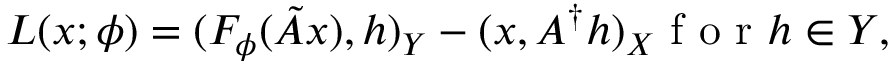
L ( x ; \phi ) = { ( F _ { \phi } ( \tilde { A } x ) , h ) _ { Y } - ( x , A ^ { \dagger } h ) _ { X } } \mathrm { ~ f ~ o ~ r ~ } h \in Y ,